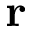
\mathbf { r }